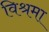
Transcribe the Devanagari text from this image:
विश्रमा